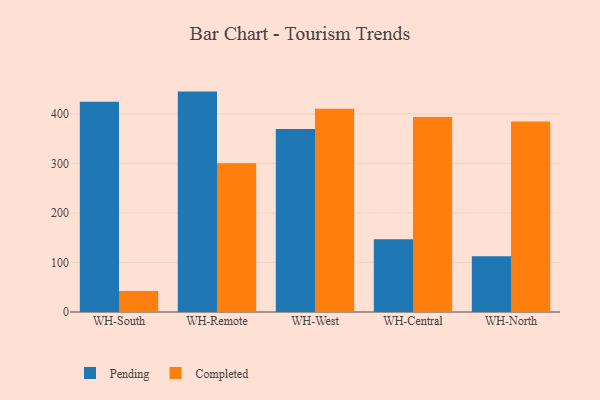
{"axis": {"x": "Warehouse", "y": "Budget (USD K)"}, "legend": ["Completed", "Pending"], "data": [{"x": "WH-South", "y": 424.3, "type": "Pending"}, {"x": "WH-South", "y": 42.4, "type": "Completed"}, {"x": "WH-Remote", "y": 445.0, "type": "Pending"}, {"x": "WH-Remote", "y": 300.1, "type": "Completed"}, {"x": "WH-West", "y": 369.5, "type": "Pending"}, {"x": "WH-West", "y": 410.5, "type": "Completed"}, {"x": "WH-Central", "y": 146.7, "type": "Pending"}, {"x": "WH-Central", "y": 393.5, "type": "Completed"}, {"x": "WH-North", "y": 112.7, "type": "Pending"}, {"x": "WH-North", "y": 384.4, "type": "Completed"}]}